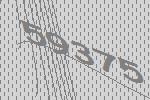
59375